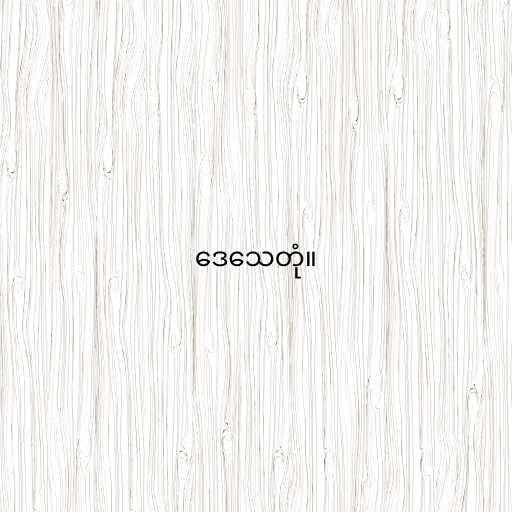
ဒေသေတုံ။